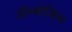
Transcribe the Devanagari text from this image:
ऑम्बोसिस